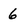
Character: 6